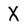
Character: X